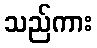
သည်ကား